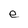
Character: e